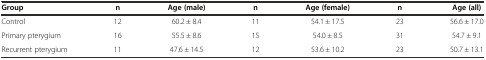
<table><thead><tr><td><b>Group</b></td><td><b>n</b></td><td><b>Age (male)</b></td><td><b>n</b></td><td><b>Age (female)</b></td><td><b>n</b></td><td><b>Age (all)</b></td></tr></thead><tbody><tr><td>Control</td><td>12</td><td>60.2 ± 8.4</td><td>11</td><td>54.1 ± 17.5</td><td>23</td><td>56.6 ± 17.0</td></tr><tr><td>Primary pterygium</td><td>16</td><td>55.5 ± 8.6</td><td>15</td><td>54.0 ± 8.5</td><td>31</td><td>54.7 ± 9.1</td></tr><tr><td>Recurrent pterygium</td><td>11</td><td>47.6 ± 14.5</td><td>12</td><td>53.6 ± 10.2</td><td>23</td><td>50.7 ± 13.1</td></tr></tbody></table>